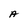
Character: A